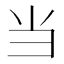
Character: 当